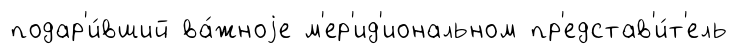
подар'и́вший ва́жноjе м'ер'ид'иональном пр'едстав'и́т'ель